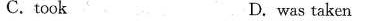
C.took D. was taken